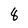
Character: 8